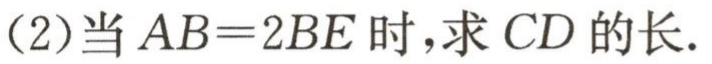
(2)当\(AB = 2BE\)时,求\(CD\)的长.